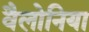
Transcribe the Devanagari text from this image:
वैलोनिया